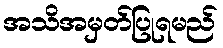
အသိအမှတ်ပြုရမည်